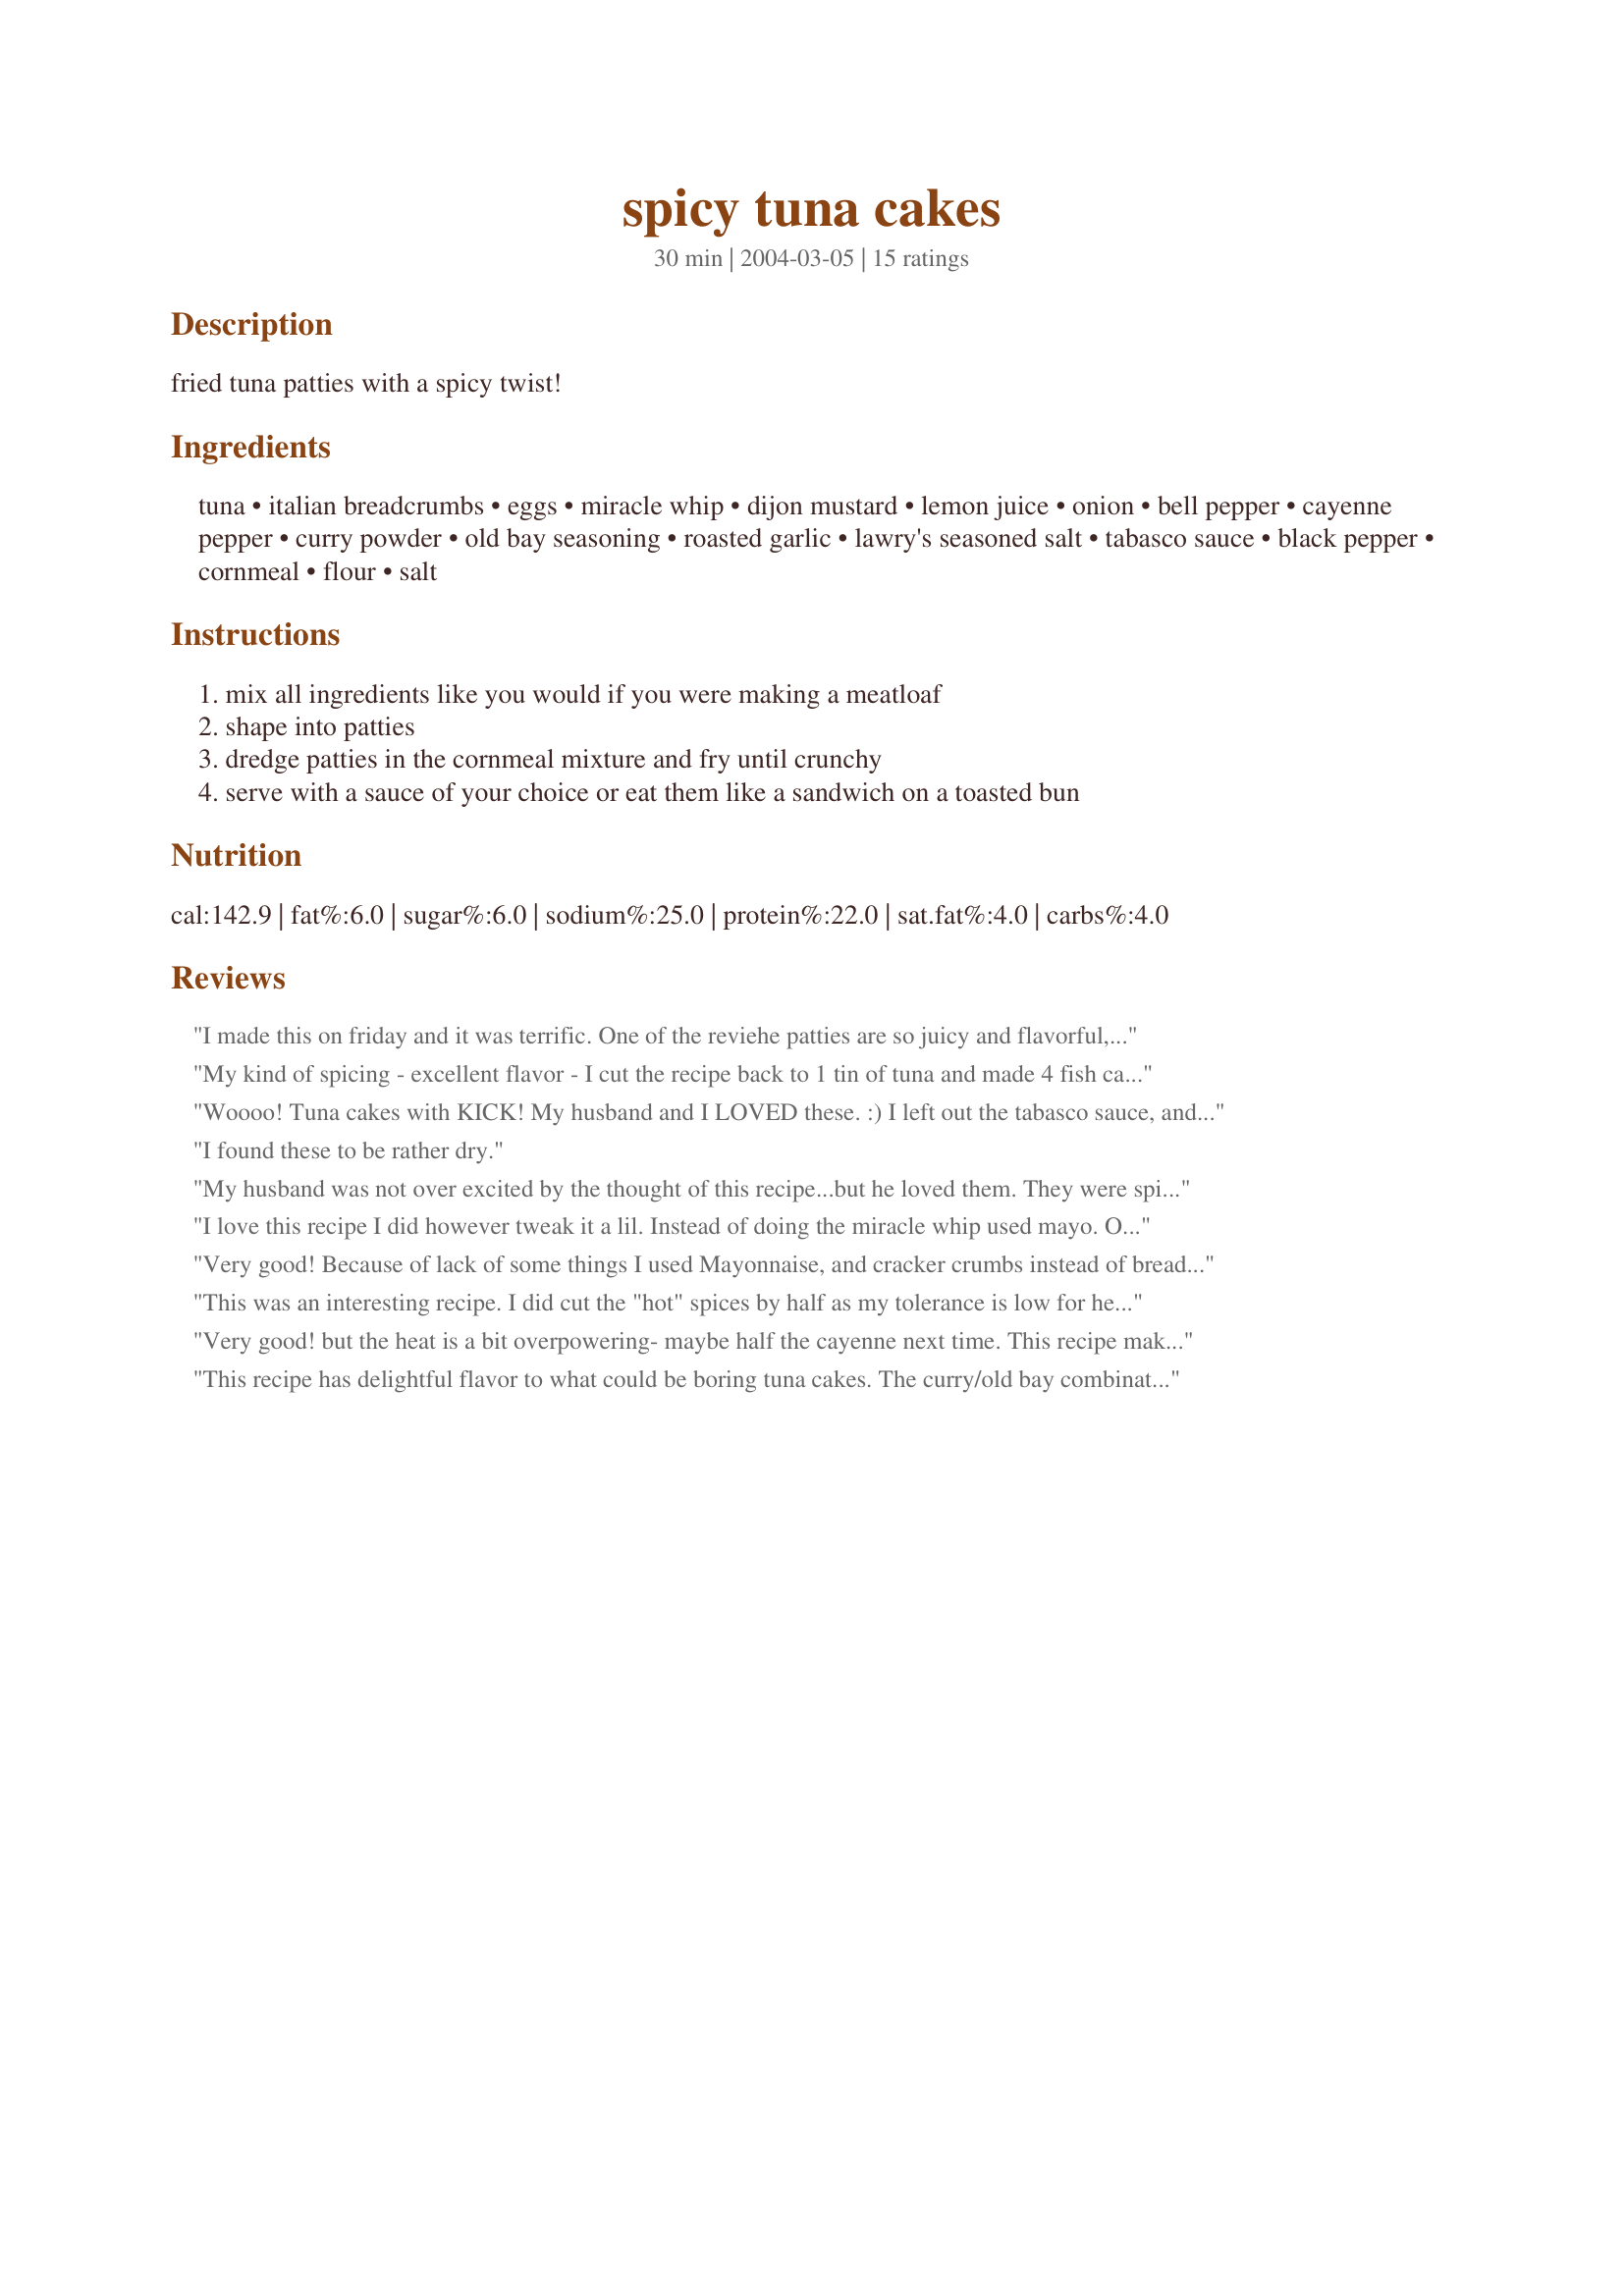
spicy tuna cakes
Preparation time: 30 minutes

fried tuna patties with a spicy twist!

Ingredients:
tuna, italian breadcrumbs, eggs, miracle whip, dijon mustard, lemon juice, onion, bell pepper, cayenne pepper, curry powder, old bay seasoning, roasted garlic, lawry's seasoned salt, tabasco sauce, black pepper, cornmeal, flour, salt

Steps:
mix all ingredients like you would if you were making a meatloaf, shape into patties, dredge patties in the cornmeal mixture and fry until crunchy, serve with a sauce of your choice or eat them like a sandwich on a toasted bun

Reviews:
I made this on friday and it was terrific. One of the reviehe patties are so juicy and flavorful, they dont need a sauce on top, and they were right. I did however enjoy this with a little egglplant salad (baba ganoush). 

A couple modifications I made: I used matzoh meal instead of cornmeal, regular mustard instead of dijon, and mayo - not Miracle Whip. I also used paprika instead of the cayenne, and skipped the Old Bay sauce (never heard of it..but used crushed bay leaves instead...bad idea!) and skipped the tabasco sauce cuz we didnt have any.

They still turned out good. My one caution is they are very greasy to make and need a lot of oil.
My kind of spicing - excellent flavor - I cut the recipe back to 1 tin of tuna and made 4 fish cakes. Served with a bit of Tartare Sauce, Fresh real baby carrots, new baby potatoes with butter and steamed fresh green beans, steamed. Very economical recipe if you have all the spices etc on hand - I do. Love the cornmeal/flour coating. Thanks Donna for a keeper
Woooo! Tuna cakes with KICK! My husband and I LOVED these. :) I left out the tabasco sauce, and it still had plenty of bite in it. I had to make a few alterations due to what I had on hand. I used regular garlic, mayo instead of miracle whip, regualar breadcrumbs, and regular curry powder. However, we're really looking forward to making these with the exact ingredients next time. Thanks for posting this great recipe!!
I found these to be rather dry.
My husband was not over excited by the thought of this recipe...but he loved them. They were spicy and crispy on the outside. Served with spicy tartar sauce.
I love this recipe I did however tweak it a lil. Instead of doing the miracle whip used mayo. Omitted the tabasco and the red curry and used fresh jalapenos instead. And i rolled the patties in more bread crumbs since I had corn starch not meal and they came out delicious. my husband said that this is a keeper.
Very good! Because of lack of some things I used Mayonnaise, and cracker crumbs instead of bread crumbs and coated in Panko before frying. Delicious!
This was an interesting recipe. I did cut the "hot" spices by half as my tolerance is low for heat! I loved the blending of flavors and never would have thought to use mustard and M. Whip in the patties. My old way seems a bit dull so this is my new adopted way now. Thanks for a great recipe. I didn't think they needed any sauce, they were good just plain, as my kids say.
Very good! but the heat is a bit overpowering- maybe half the cayenne next time. This recipe makes a LOT. Also might be useful to use solid tuna, as the texture will be less mushy. Thanks for sharing!
This recipe has delightful flavor to what could be boring tuna cakes. The curry/old bay combination really made the difference and made these tuna cakes stand out. I did make some modifications to the recipe due to dietary reasons, using egg substitute and omitting all salt (using a sodium free old bay) with good results. I also chose to bake them, spraying with a bit of cooking spray to avoid frying and your cornmeal/flour coating did a great job of giving them a bit of a crunch. Thank you Donna for sharing the recipe.
This was delicious! I could eat it uncooked, but followed the recipe and enjoyed it that way too. I actually served this with barbeque sauce. I'm sure any sauce would be good. Thanks for a nice change for dinner!
I loved the idea of this recipe - a jazzed up tuna cake! My fault though, the spicy was too spicy! I'm going to try this again, cutting out the cayenne. I will rerate on round #2.
YUUUMMMMMY! These were wonderful. Perfect spice combo. I did omit the cayenne pepper because I was serving it to my kids, but kept the hot sauce. (I made little tuna balls for them and they loved them!) They tasted just like some I had in a restaurant in Charleston, SC years ago.
This was a very good recipe but I think it was overpowered by the curry. The next time I make I will definitely cut the curry in half. I chose to bake mine rather than fry just to cut down on fat otherwise I followed the recipe exactly. I served mine on rolls with tarter sauce, watercress, red onion and tomato and everyone enjoyed them.
Good idea for canned tuna. I added more garlic, some fish sauce, reduced soy sauce to two tbs,turmeric and coated in corn flour. Good Idea!
